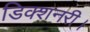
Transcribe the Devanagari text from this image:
डिक्शनरी।